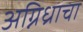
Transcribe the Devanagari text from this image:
अग्निध्राचा